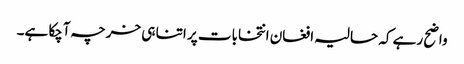
واضح رہے کہ حالیہ افغان انتخابات پر اتنا ہی خرچہ آچکا ہے۔